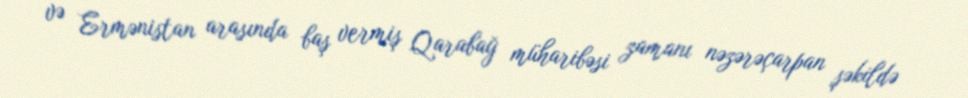
və Ermənistan arasında baş vermiş Qarabağ müharibəsi zamanı nəzərəçarpan şəkildə